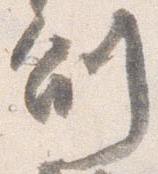
副